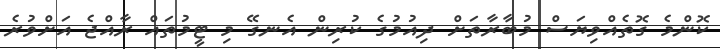
ކޮންމެ ގޮތެއްވިޔަސް މުބާރާތަށް ދިއުމުގެ ކުރިން އެނގޭ މި ޓީމުތައް ރާއްޖެ އަށްވުރެ